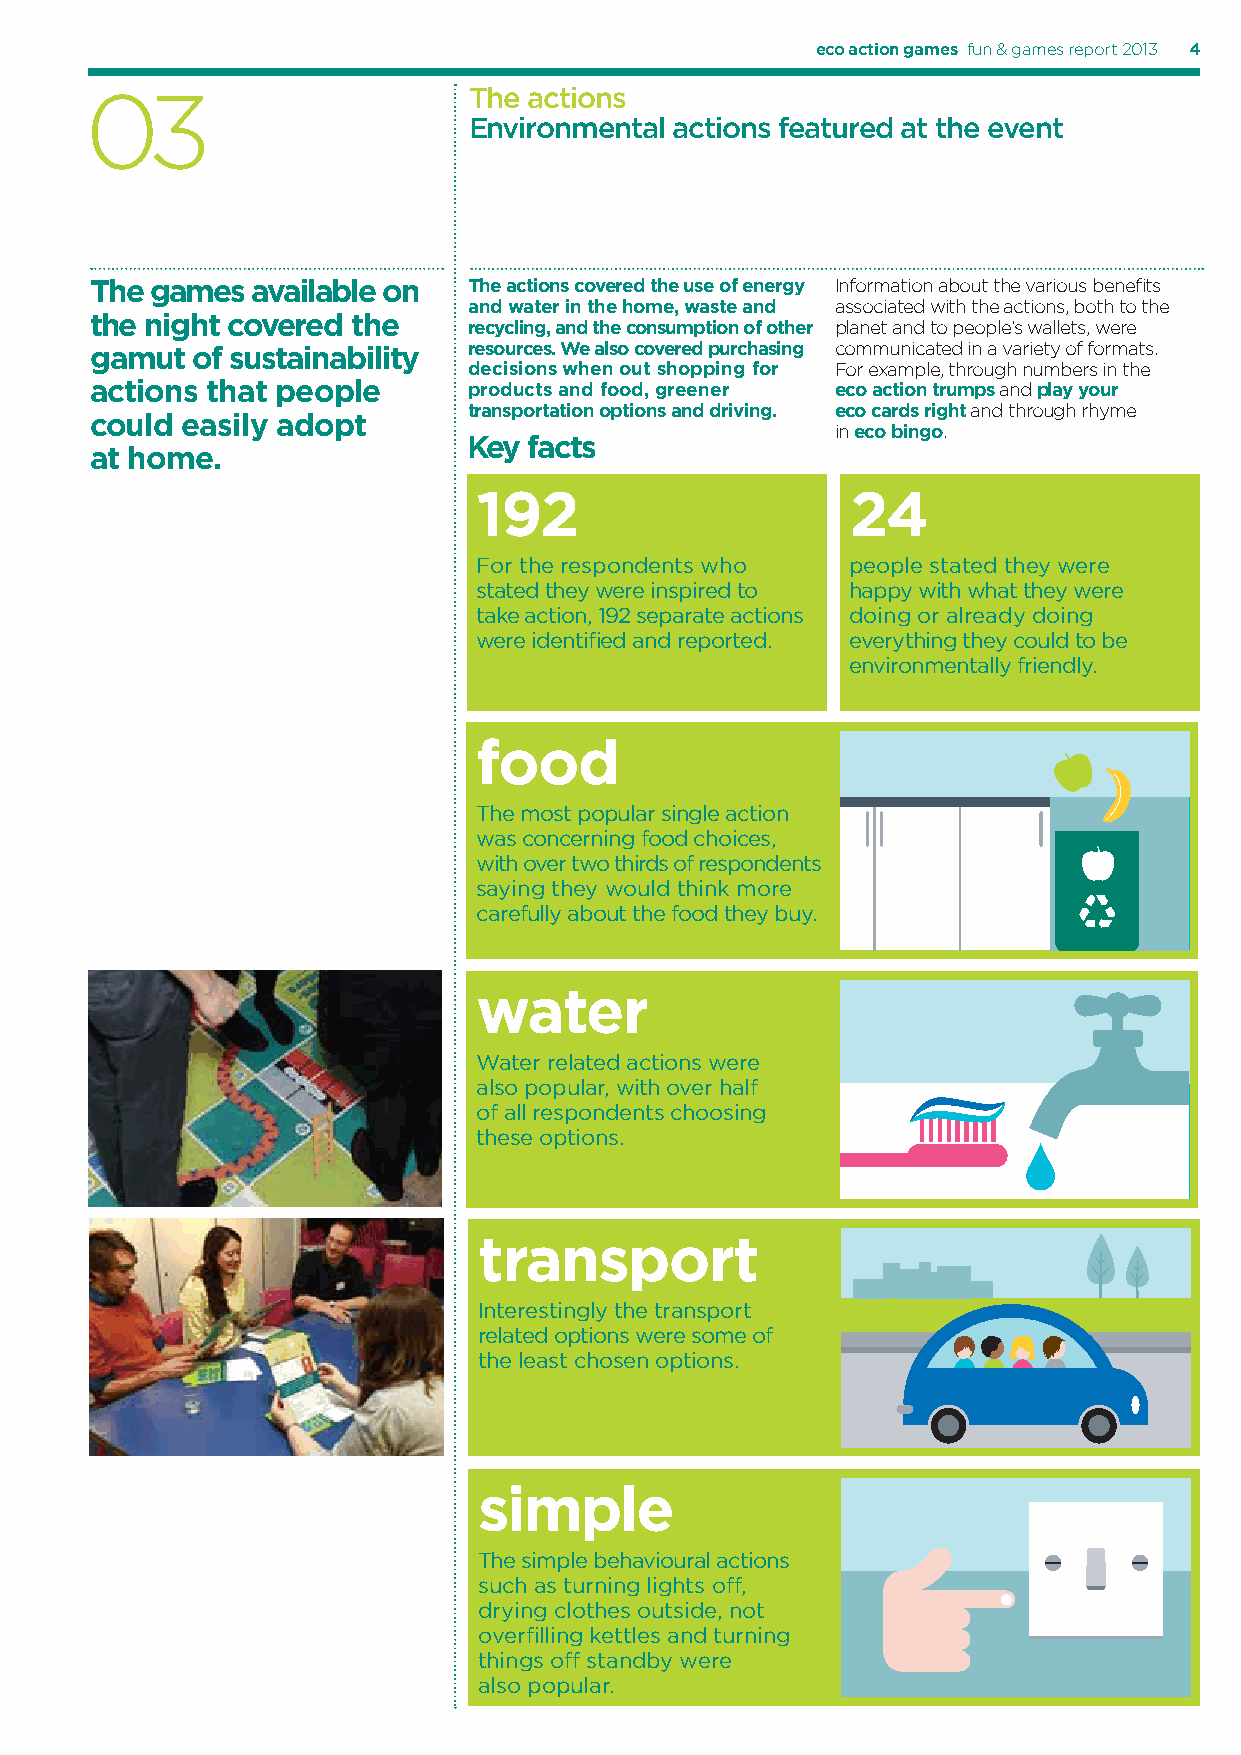
eco action games fun & games report 2013 4
 03                       The actions
 Environmental actions featured at the event
 The games  available on  The actions covered the use of energy Information about the various benefi ts
 and water in the home, waste and associated with the actions, both to the
 the night covered the
 recycling, and the consumption of other planet and to people’s wallets, were
 gamut  of sustainability resources. We also covered purchasing communicated in a variety of formats.
 decisions when out shopping for For example, through numbers in the
 actions that people      products and food, greener eco action trumps and play your
 transportation options and driving. eco cards right and through rhyme
 could easily adopt
 in eco bingo.
 Key facts
 at home.
 192                     24
 For the respondents who people stated they were
 stated they were inspired to happy with what they were
 take action, 192 separate actions doing or already doing
 were identifi ed and reported. everything they could to be
 environmentally friendly.
 food
 The most popular single action
 was concerning food choices,
 with over two thirds of respondents
 saying they would think more
 carefully about the food they buy.
 water
 Water related actions were
 also popular, with over half
 of all respondents choosing
 these options.
 transport
 Interestingly the transport
 related options were some of
 the least chosen options.
 simple
 The simple behavioural actions
 such as turning lights off ,
 drying clothes outside, not
 overfi lling kettles and turning
 things off standby were
 also popular.